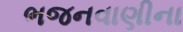
ભજનવાણીના